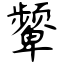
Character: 颦